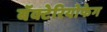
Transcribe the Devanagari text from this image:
बॅक्टेरियोफेग